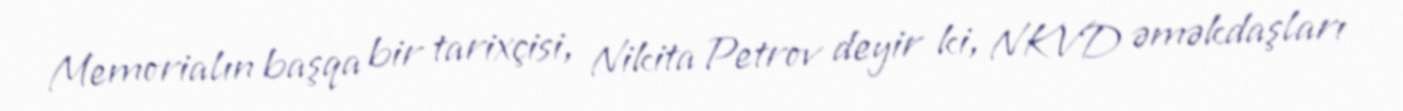
Memorialın başqa bir tarixçisi, Nikita Petrov deyir ki, NKVD əməkdaşları